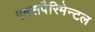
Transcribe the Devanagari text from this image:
एक्सपैरिमेन्टल